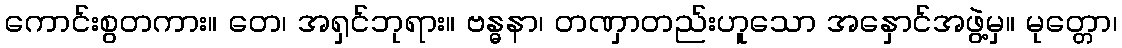
ကောင်းစွတကား။ တေ၊ အရှင်ဘုရား။ ဗန္ဓနာ၊ တဏှာတည်းဟူသော အနှောင်အဖွဲ့မှ။ မုတ္တော၊